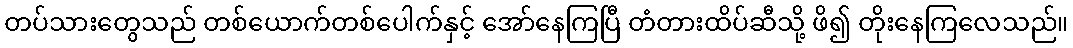
တပ်သားတွေသည် တစ်ယောက်တစ်ပေါက်နှင့် အော်နေကြပြီ တံတားထိပ်ဆီသို့ ဖိ၍ တိုးနေကြလေသည်။